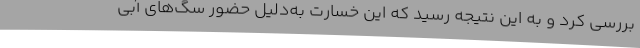
بررسی کرد و به این نتیجه رسید که این خسارت به‌دلیل حضور سگ‌های آبی